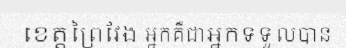
ខេត្តព្រៃវែង អ្នកគឺជាអ្នកទទួលបាន